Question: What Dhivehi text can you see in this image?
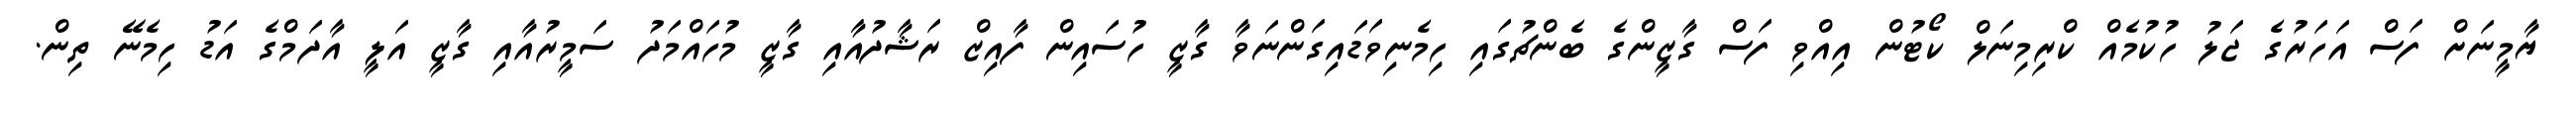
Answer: ޔާމީނަށް ފަސް އަހަރުގެ ޖަލު ހުކުމެއް ކްރިމިނަލް ކޯޓުން އިއްވި ފަސް ގާޒީންގެ ބެންޗުގައި ހިމެނިވަޑައިގަންނަވާ ގާޒީ ހުސައިން ފާއިޒް ރަޝާދުއާއި ގާޒީ މުހައްމަދު ސަމީރުއާއި ގާޒީ އަލީ އާދަމްގެ އަޑު ހިމެނޭ ތިން.